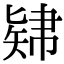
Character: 𥏚